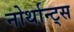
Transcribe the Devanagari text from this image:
नोर्थान्ट्स